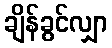
ချိန်ခွင်လျှာ